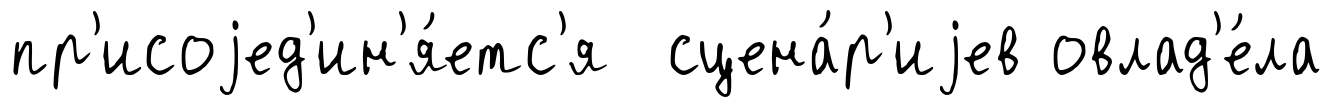
пр'исоjед'ин'я́етс'я сцена́р'иjев овлад'е́ла